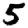
Digit: 5